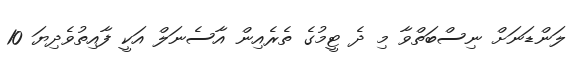
ލަންޑަނަށް ނިސްބަތްވާ މި ދެ ޓީމުގެ ތެރެއިން އާސެނަލް އަކީ ފާއިތުވެދިޔަ 10